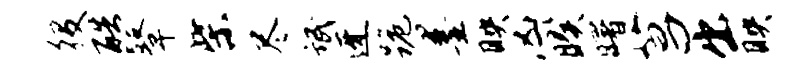
役酷鼙柴尽氓迓跪墨映凶暌曙菖出映